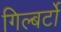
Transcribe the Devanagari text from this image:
गिल्बर्टो